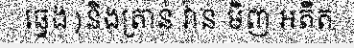
ឆ្វេង)និងត្រាន់ វ៉ាន់ មិញ អតីត